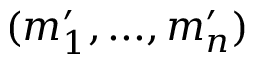
( m _ { 1 } ^ { \prime } , . . . , m _ { n } ^ { \prime } )